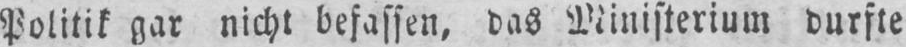
Politik gar nicht befassen, das Ministerium durfte